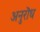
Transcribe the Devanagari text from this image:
अनुरॊध